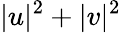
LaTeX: |u|^{2}+|v|^{2}